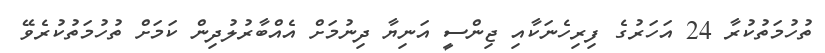
ތުހުމަތުކުރާ 24 އަހަރުގެ ފިރިހެނަކާއި ޖިންސީ އަނިޔާ ދިނުމަށް އެއްބާރުލުދިން ކަމަށް ތުހުމަތުކުރެވޭ